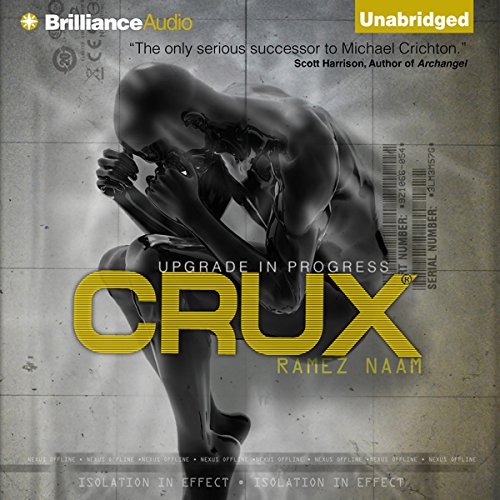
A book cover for Crux: Nexus, Book 2; Ramez Naam; Science Fiction & Fantasy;